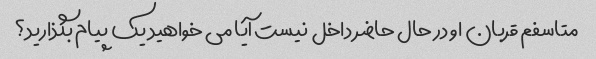
متاسفم قربان او در حال حاضر داخل نیست آیا می خواهید یک پیام بگذارید؟